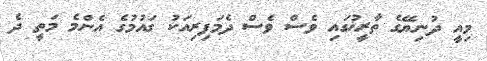
މިއީ ދުނިޔޭގެ ތާރީޚުގައި ވެސް ވެސް ދެމަފިރިއަކު ގައުމުގެ އެންމެ މަތީ ދެ